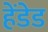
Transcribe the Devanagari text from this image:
हेंडेड